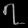
Digit: ၇